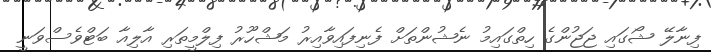
ފިނާލޭ ޝޯގައި ޖަޖުންގެ ހިތްގައިމު ނެޝުންތަށް ފެނިފައިވާއިރު މަޝްހޫރު ފިލްމީތަރި އާލިއާ ބަޓްވެސްވަނީ